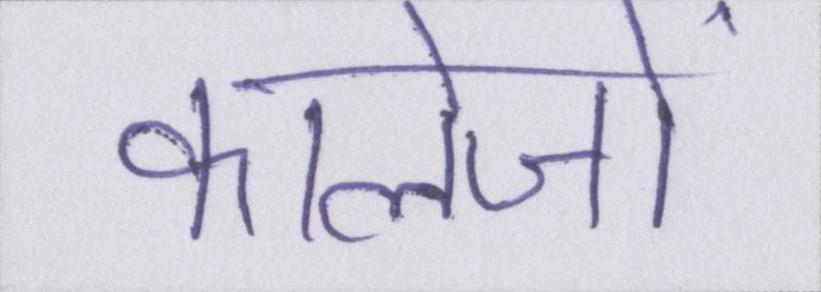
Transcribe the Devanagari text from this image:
कालेजों